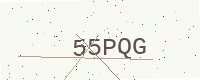
Text: 55PQG